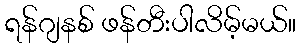
ရန်ဂျနစ် ဖန်တီးပါလိမ့်မယ်။